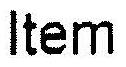
ITEM